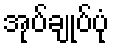
အုပ်ချုပ်ပုံ